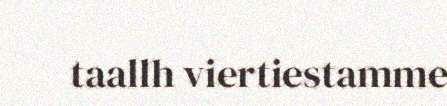
taallh viertiestamme